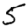
Digit: 5